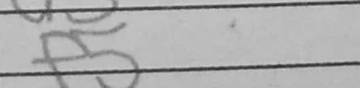
Transcription: f5